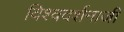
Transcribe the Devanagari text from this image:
विश्वदर्शनाजी